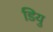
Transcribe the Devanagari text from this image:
डियु